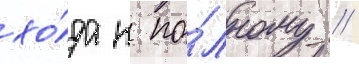
хо́да к по́лному //